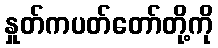
နှုတ်ကပတ်တော်တို့ကို